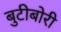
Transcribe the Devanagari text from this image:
बुटीबोरी